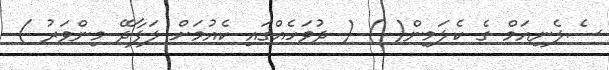
ސެލެނިއަމް ގެ ކެލަމިން( ) ( ދުވަހެއްގައި ކެއުމަށް ލަފާދޭ މިންވަރު )